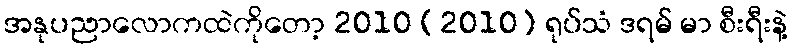
အနုပညာလောကထဲကိုတော့ 2010 (2010) ရုပ်သံ ဒရမ် မာ စီးရီးနဲ့